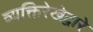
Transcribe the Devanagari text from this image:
व्यक्तिरेखेद्वारे